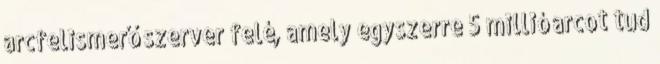
arcfelismerő szerver felé, amely egyszerre 5 millió arcot tud